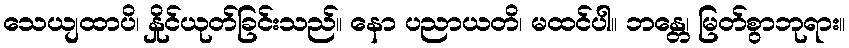
သေယျထာပိ၊ နှိုင်ယုတ်ခြင်းသည်။ နော ပညာယတိ၊ မထင်ပါ။ ဘန္တေ၊ မြတ်စွာဘုရား။